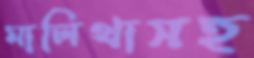
মালিথাসহ